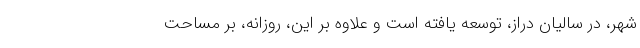
شهر، در سالیان دراز، توسعه یافته است و علاوه بر این، روزانه، بر مساحت